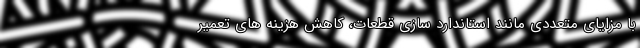
با مزایای متعددی مانند استاندارد سازی قطعات، کاهش هزینه های تعمیر